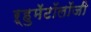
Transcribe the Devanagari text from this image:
ऱ्हुमॅटॉलॉजी